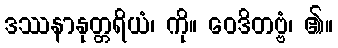
ဒဿနာနုတ္တရိယံ၊ ကို။ ဝေဒိတဗ္ဗံ၊ ၏။